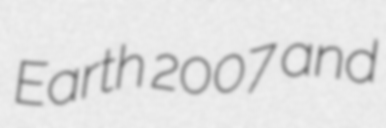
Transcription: Earth 2007 and